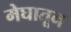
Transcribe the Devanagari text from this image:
मेघातून